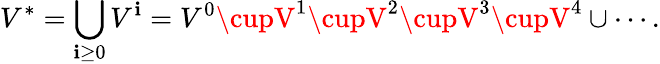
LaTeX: V^{*}=\bigcup_{\mathbf{i}\geq0}V^{\mathbf{i}}=V^{0}\cupV^{1}\cupV^{2}\cupV^{3}\cupV^{4}\cup\cdots.